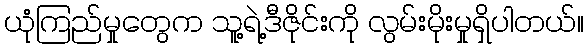
ယုံကြည်မှုတွေက သူ့ရဲ့ဒီဇိုင်းကို လွမ်းမိုးမှုရှိပါတယ်။